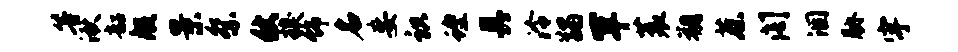
等湫韶般景祭仗糗饰名妄识蝗具泠蠲罕蓑朔蔡阁涸胁宇